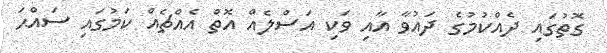
ގޮތުގައި ދެއްކުމުގެ ދައުވާ އާއި ވަކި އަސްލެއް އޮތް އެއްޗެއް ކަމުގައި ސައްޙަ